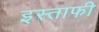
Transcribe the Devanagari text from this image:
इस्ताफी